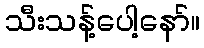
သီးသန့်ပေါ့နော်။